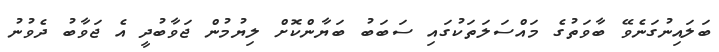
ބަލައިނުގަނެވޭ ބާވަތުގެ މައްސަލަތަކުގައި ސަބަބު ބަޔާންކޮށް ލިޔުމުން ޖަވާބުދީ އެ ޖަވާބު ދެވުނު